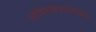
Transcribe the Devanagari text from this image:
साहित्यक्षेत्रातदेखिल